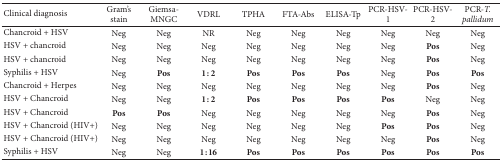
| Clinical diagnosis | Gram's stain | Giemsa-MNGC | VDRL | TPHA | FTA-Abs | ELISA-Tp | PCR-HSV-1 | PCR-HSV-2 | PCR-T.pallidum |
 | --- | --- | --- | --- | --- | --- | --- | --- | --- | --- |
 | Chancroid + HSV | Neg | Neg | NR | Neg | Neg | Neg | Neg | Neg | Neg |
 | HSV + chancroid | Neg | Neg | Neg | Neg | Neg | Neg | Neg | Pos | Neg |
 | HSV + chancroid | Neg | Neg | Neg | Neg | Neg | Neg | Neg | Pos | Neg |
 | Syphilis + HSV | Neg | Pos | 1 : 2 | Pos | Pos | Pos | Neg | Pos | Pos |
 | Chancroid + Herpes | Neg | Neg | Neg | Neg | Neg | Neg | Neg | Pos | Neg |
 | HSV + Chancroid | Neg | Neg | 1 : 2 | Pos | Pos | Pos | Pos | Neg | Neg |
 | HSV + Chancroid | Pos | Pos | Neg | Neg | Neg | Neg | Neg | Pos | Neg |
 | HSV + Chancroid (HIV+) | Neg | Neg | Neg | Neg | Neg | Neg | Pos | Pos | Neg |
 | HSV + Chancroid (HIV+) | Neg | Neg | Neg | Neg | Neg | Neg | Neg | Pos | Neg |
 | Syphilis + HSV | Neg | Neg | 1 : 16 | Pos | Pos | Pos | Pos | Pos | Pos |